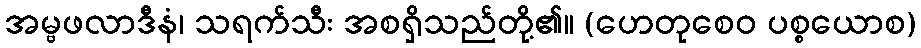
အမ္ဗဖလာဒီနံ၊ သရက်သီး အစရှိသည်တို့၏။ (ဟေတုစေဝ ပစ္စယောစ)